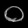
Digit: ၀